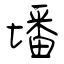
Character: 墦